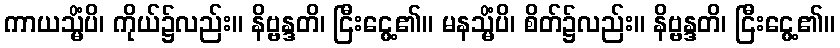
ကာယသ္မိံပိ၊ ကိုယ်၌လည်း။ နိဗ္ဗန္ဒတိ၊ ငြီးငွေ့၏။ မနသ္မိံပိ၊ စိတ်၌လည်း။ နိဗ္ဗန္ဒတိ၊ ငြီးငွေ့၏။